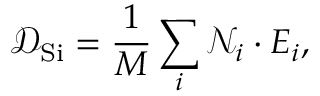
\mathcal { D } _ { \mathrm { { S i } } } = \frac { 1 } { M } \sum _ { i } ^ { } \mathcal { N } _ { i } \cdot E _ { i } ,